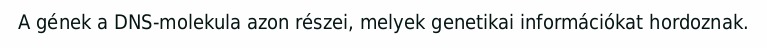
A gének a DNS-molekula azon részei, melyek genetikai információkat hordoznak.